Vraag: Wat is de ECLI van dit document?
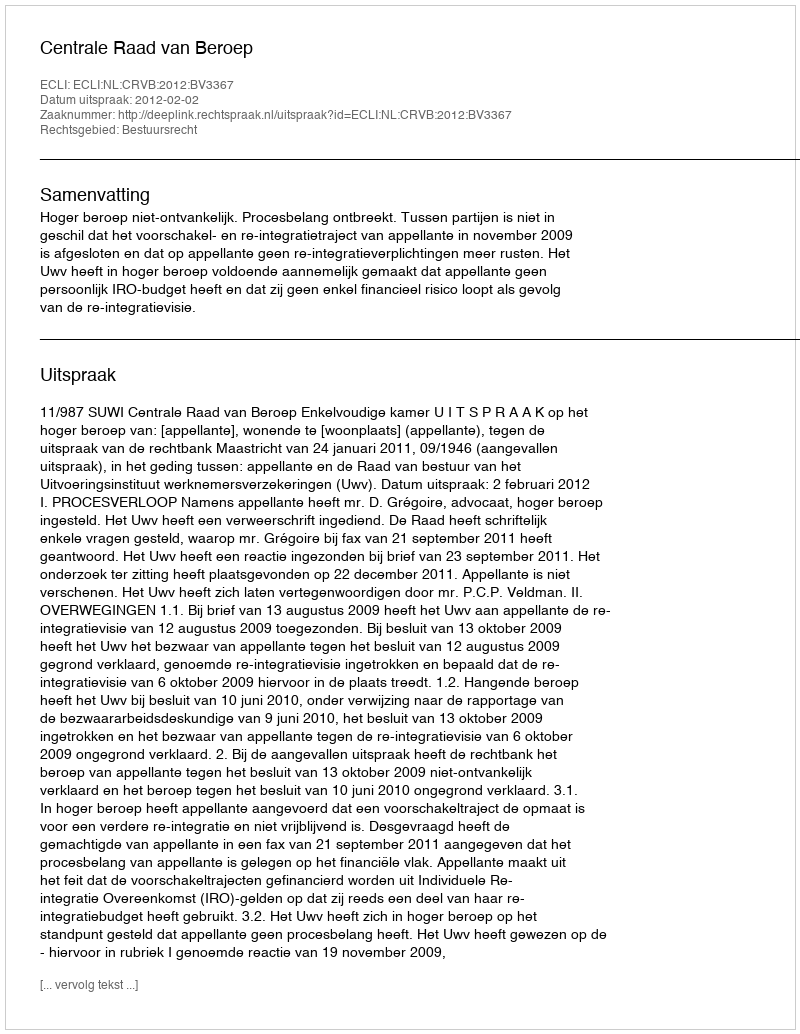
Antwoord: ECLI:NL:CRVB:2012:BV3367